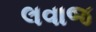
લવાજ